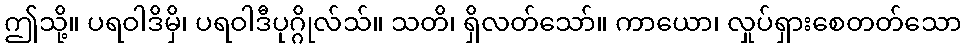
ဤသို့။ ပရဝါဒိမှိ၊ ပရဝါဒီပုဂ္ဂိုလ်သ်။ သတိ၊ ရှိလတ်သော်။ ကာယော၊ လှုပ်ရှားစေတတ်သော